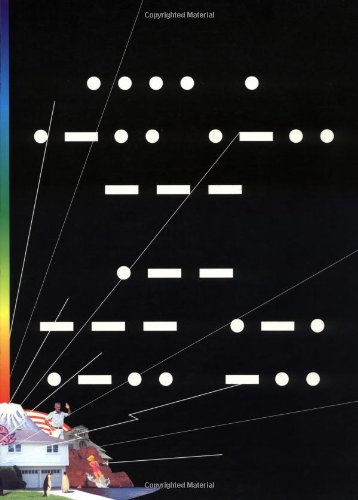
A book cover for Hello World: A Life in Ham Radio; Danny Gregory; Humor & Entertainment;